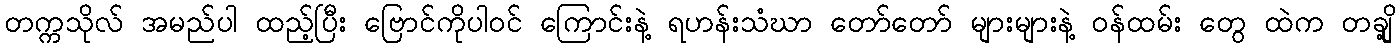
တက္ကသိုလ် အမည်ပါ ထည့်ပြီး ဗြောင်ကိုပါဝင် ကြောင်းနဲ့ ရဟန်းသံဃာ တော်တော် များများနဲ့ ဝန်ထမ်း တွေ ထဲက တချို့